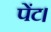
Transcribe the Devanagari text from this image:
पेंट।